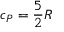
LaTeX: c _ { P } = { \frac { 5 } { 2 } } R